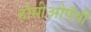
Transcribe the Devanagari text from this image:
होमीओपॅथी